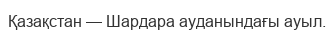
Қазақстан — Шардара ауданындағы ауыл.